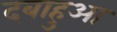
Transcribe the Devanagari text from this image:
दबाहुआ